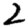
Digit: 2